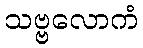
သဗ္ဗလောကံ